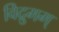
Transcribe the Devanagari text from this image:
विद्रुमम्